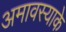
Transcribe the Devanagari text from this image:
अमावस्याके